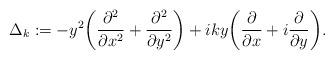
LaTeX: \begin{align*}\Delta_k := -y^2\biggl(\frac{\partial^2}{\partial x^2} + \frac{\partial^2}{\partial y^2}\biggr) +iky\biggl(\frac{\partial}{\partial x} + i\frac{\partial}{\partial y}\biggr).\end{align*}